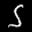
Label: 5